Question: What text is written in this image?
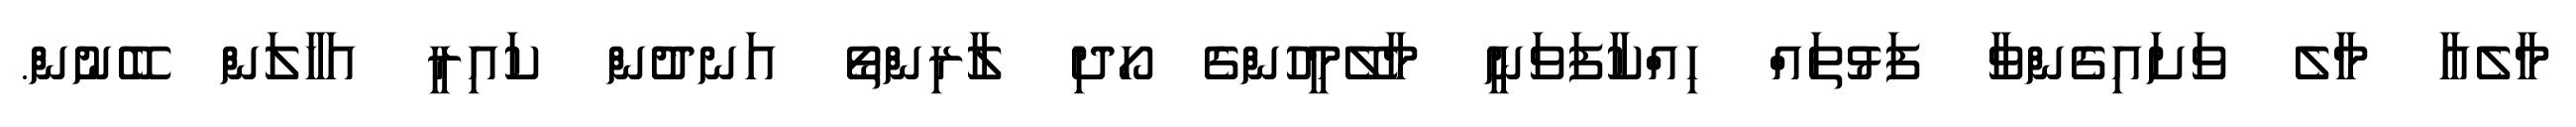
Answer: މާލެއާ މާލެ ވަށައިގެންވާ ފަޅުތައް ހިއްކާފަވަނީ މާލޭމީހުންގެ ހޯދި ލާރިންތޯ އަނދުން ކައިރީ އަހާލަން ބޭނުން.